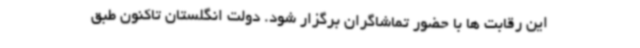
این رقابت ها با حضور تماشاگران برگزار شود. دولت انگلستان تاکنون طبق